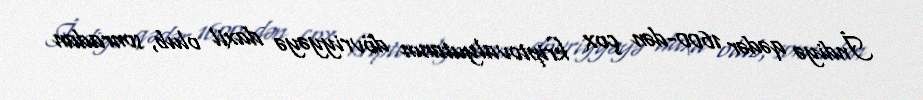
İndiyə qədər 1600-dən çox kriptovalyutanın dövriyyəyə daxil olub, sonradan